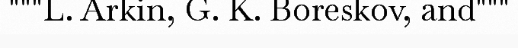
"""L. Arkin, G. K. Boreskov, and"""